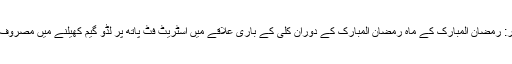
پشاور: رمضان المبارک کے ماہ رمضان المبارک کے دوران کلی کے باری علاقے میں اسٹریٹ فٹ پاتھ پر لڈو گیم کھیلنے میں مصروف ہیں۔